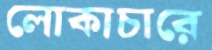
লোকাচারে